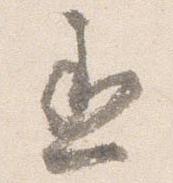
丞